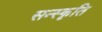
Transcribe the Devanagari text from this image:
सन्स्कृति